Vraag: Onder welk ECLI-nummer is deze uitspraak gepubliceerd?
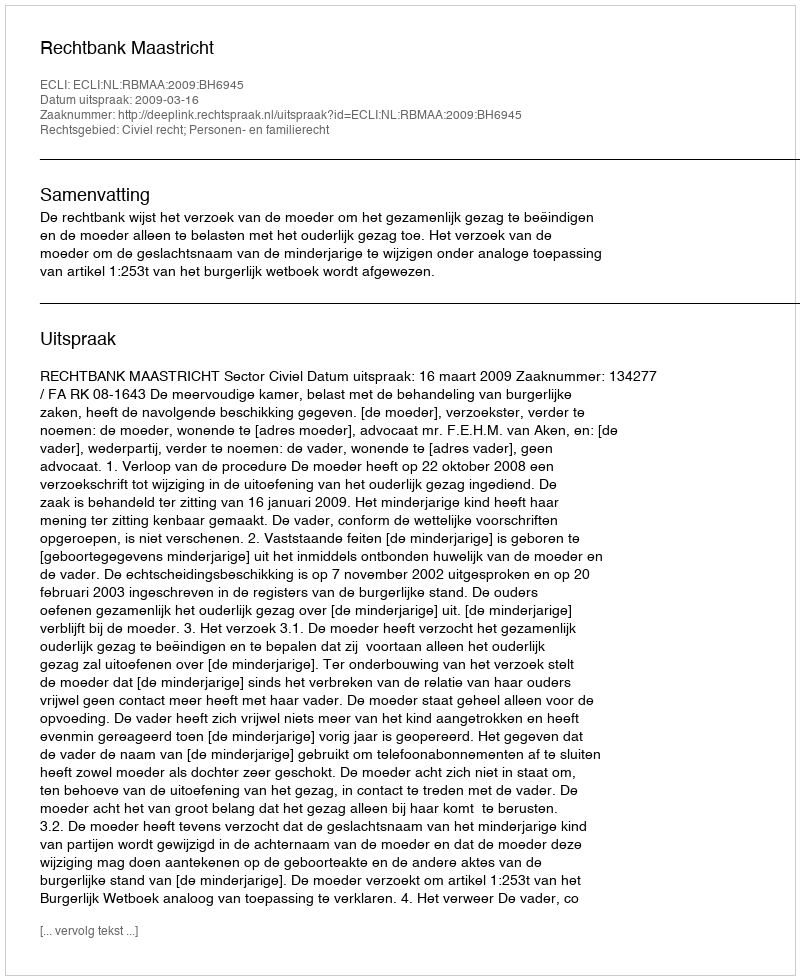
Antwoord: ECLI:NL:RBMAA:2009:BH6945